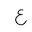
Letter: _ayn